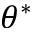
\theta ^ { * }